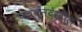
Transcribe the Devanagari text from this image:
पचवूनदेखील